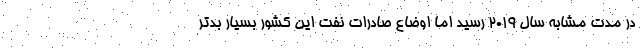
در مدت مشابه سال ۲۰۱۹ رسید اما اوضاع صادرات نفت این کشور بسیار بدتر